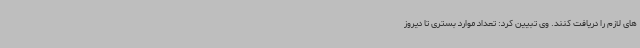
های لازم را دریافت کنند. وی تبیین کرد: تعداد موارد بستری تا دیروز